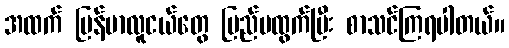
အထက် မြန်မာလူငယ်တွေ ပြည်ပထွက်ပြီး စာသင်ကြရပါတယ်။